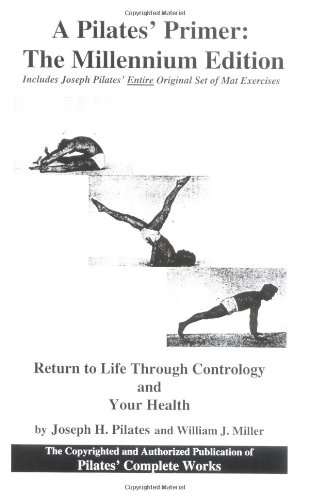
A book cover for A Pilates' Primer : The Millennium Edition; Joseph Pilates; Health, Fitness & Dieting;